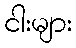
ငါးများ